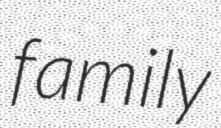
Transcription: family